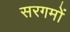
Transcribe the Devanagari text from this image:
सरगमों